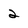
Character: 2